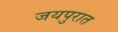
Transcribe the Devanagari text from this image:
जयपुरात